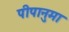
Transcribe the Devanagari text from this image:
पीपानुमा